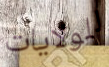
للولايات